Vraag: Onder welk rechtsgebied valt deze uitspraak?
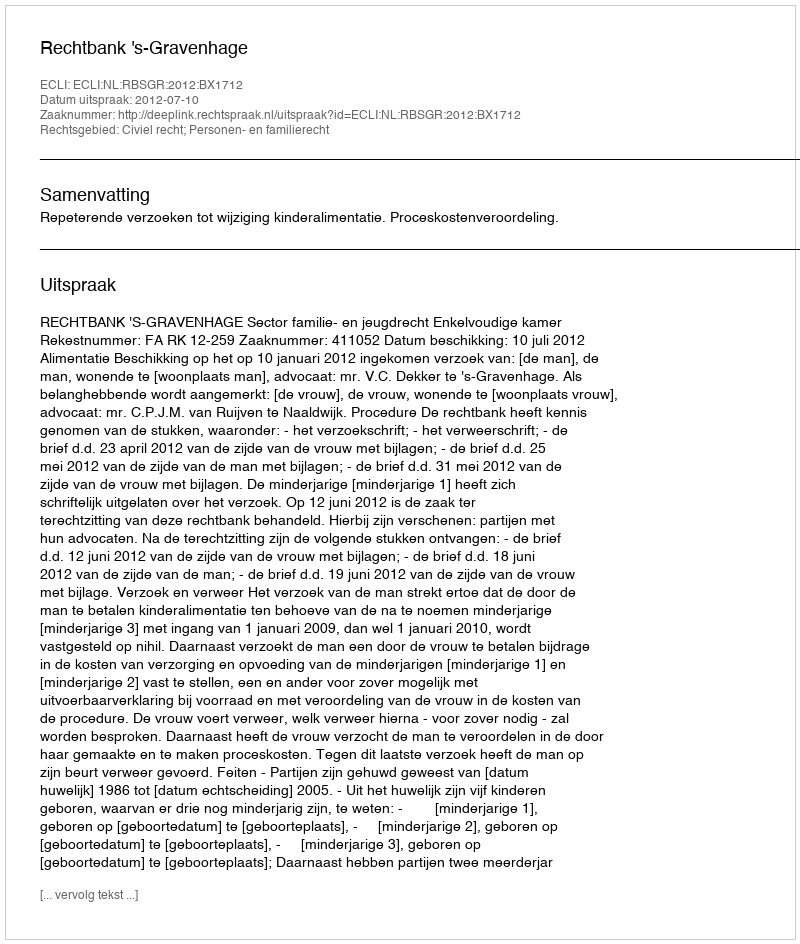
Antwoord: Civiel recht; Personen- en familierecht